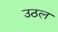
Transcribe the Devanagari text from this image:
उठल